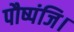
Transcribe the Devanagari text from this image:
पौष्पंजि।